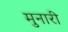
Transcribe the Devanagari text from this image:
मुनारी